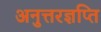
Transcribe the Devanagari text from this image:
अनुत्तरज्ञप्ति